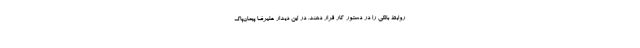
روابط بانکی را در دستور کار قرار دهند. در این دیدار علیرضا پیمان‌پاک